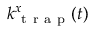
k _ { \mathrm { ~ t ~ r ~ a ~ p ~ } } ^ { x } ( t )